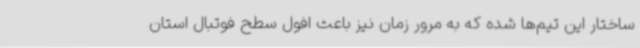
ساختار این تیم‌ها شده که به مرور زمان نیز باعث افول سطح فوتبال استان